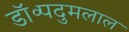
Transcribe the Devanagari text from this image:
डॉ॰पदुमलाल